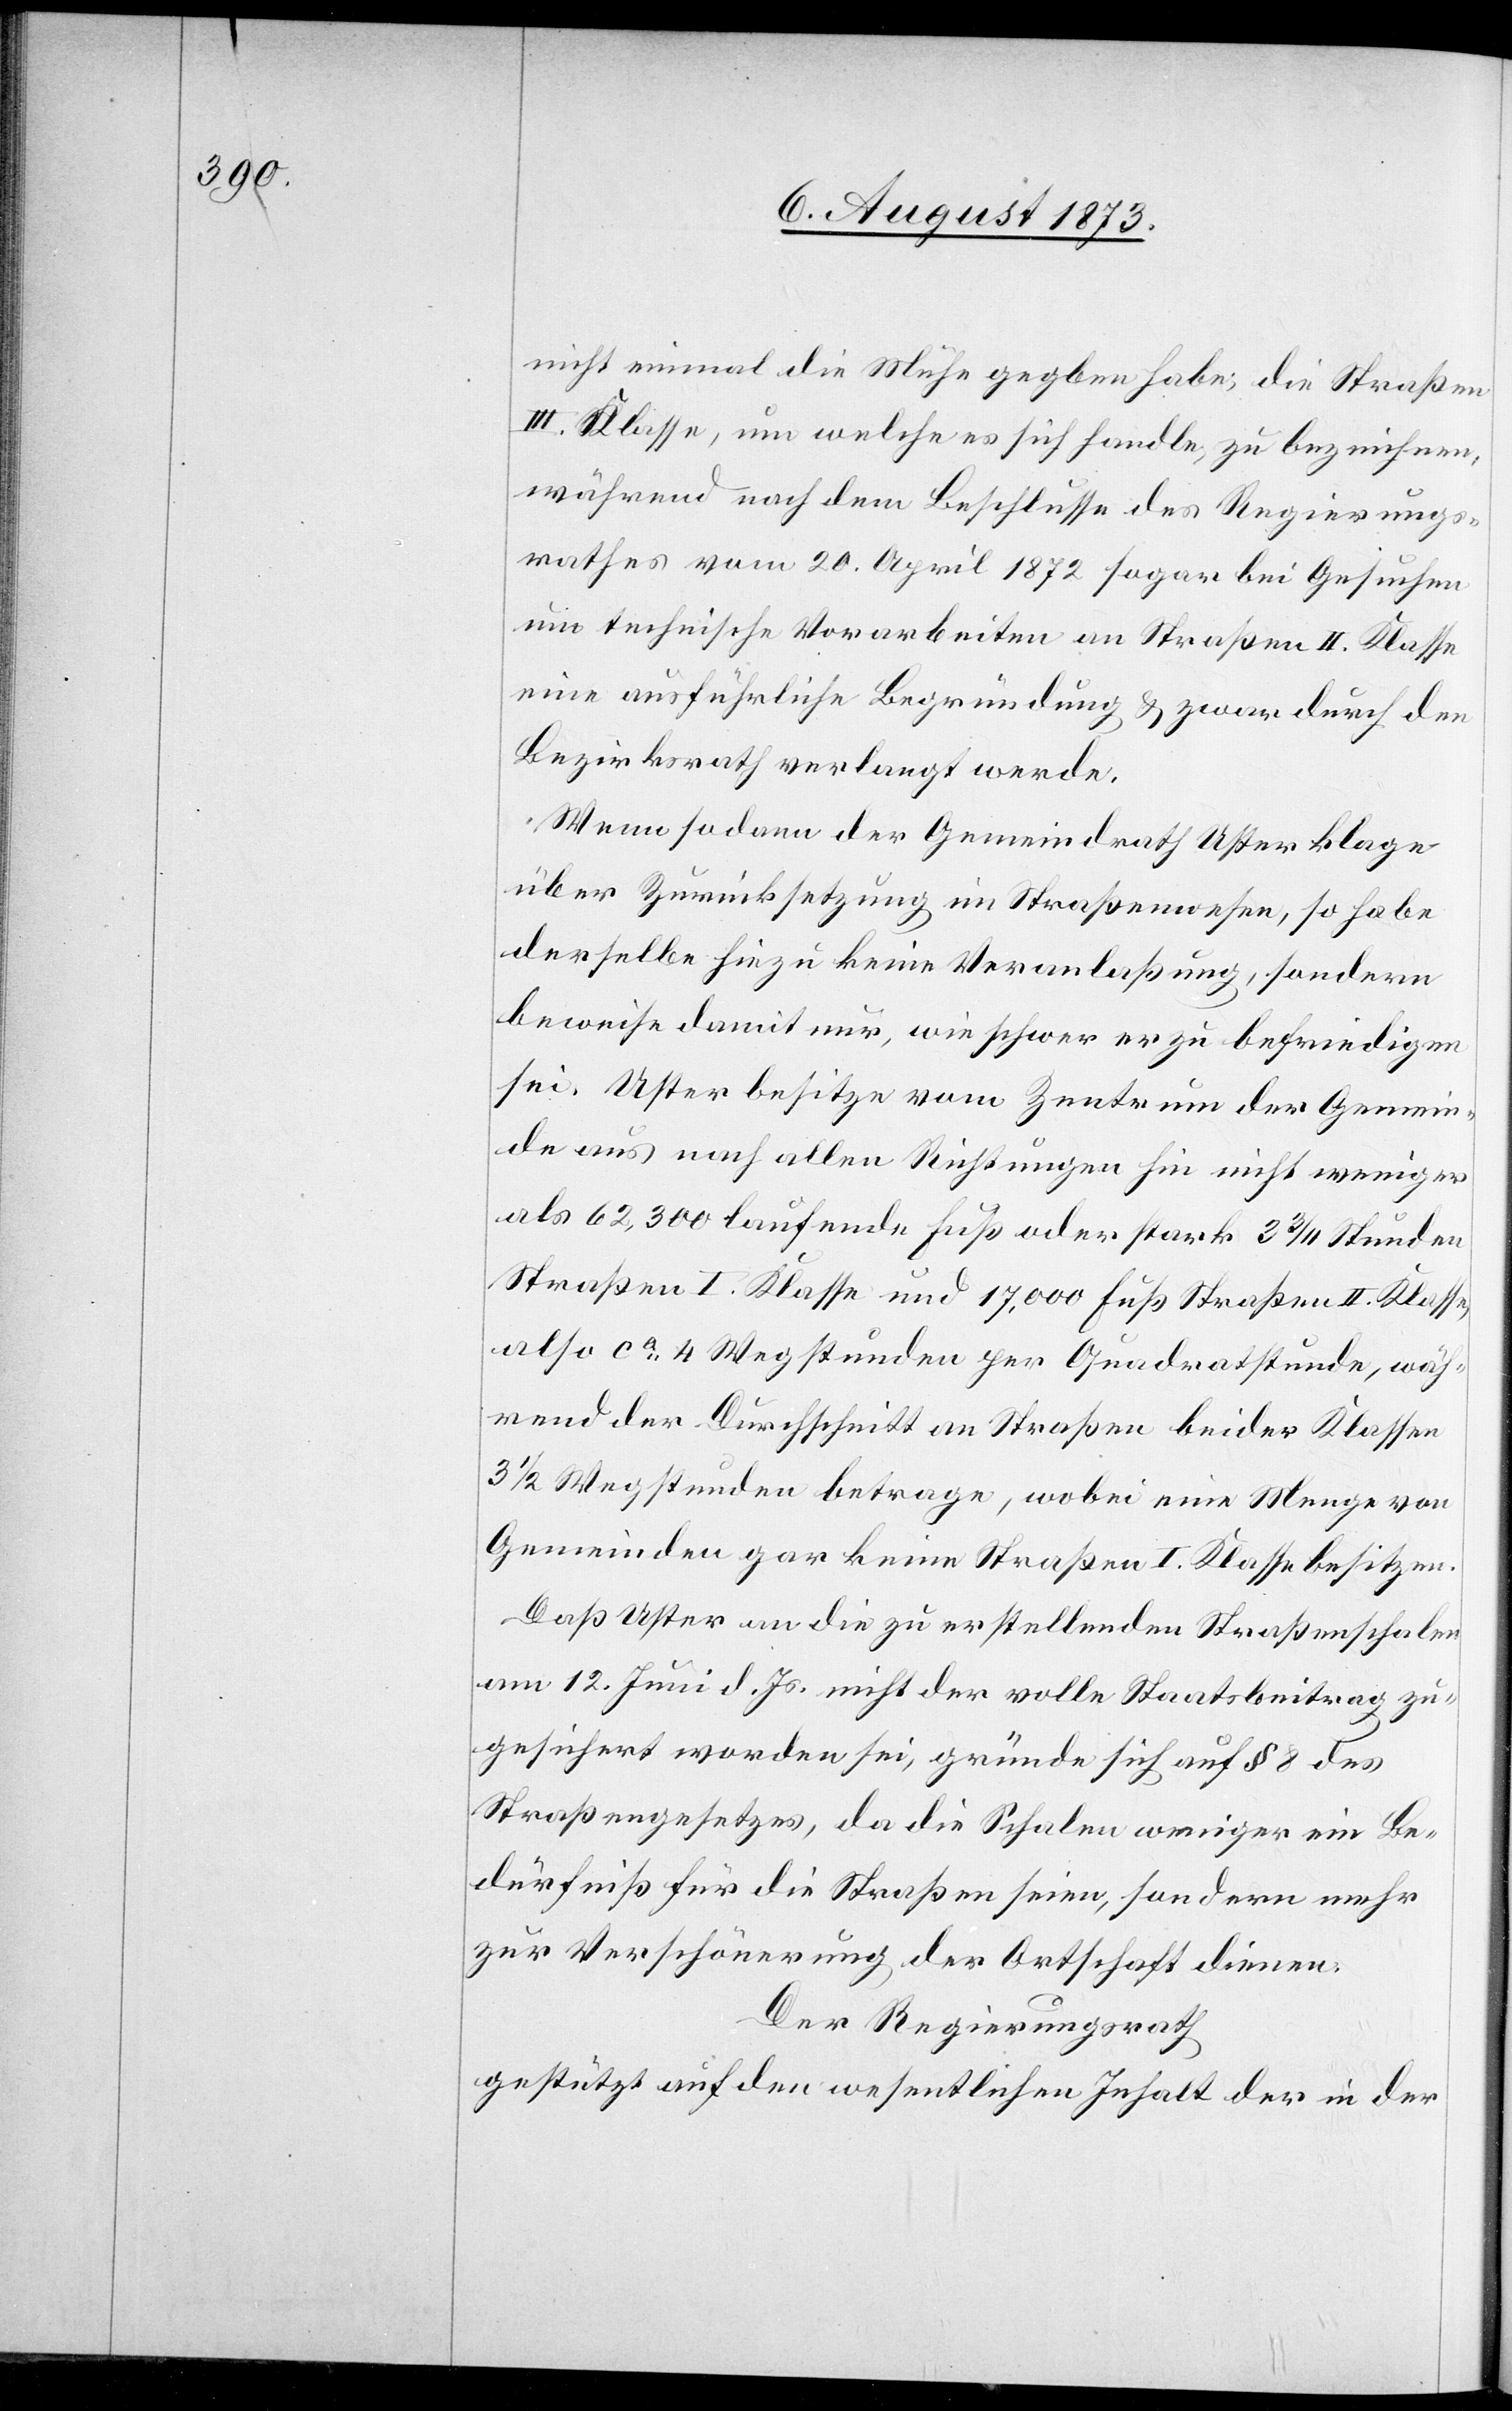
nicht einmal die Mühe gegeben habe, die Straßen
III. Klasse, um welche es sich handle, zu bezeichnen,
während nach dem Beschlusse des Regierungs¬
rathes vom 20. April 1872 sogar bei Gesuchen
um technische Vorarbeiten an Straßen II. Klasse
eine ausführliche Begründung & zwar durch den
Bezirksrath verlangt werde.
Wenn sodann der Gemeindrath Uster klage
über Zurücksetzung im Straßenwesen, so habe
derselbe hiezu keine Veranlaßung, sondern
beweise damit nur, wie schwer er zu befriedigen
sei. Uster besitze vom Zentrum der Gemein¬
de aus nach allen Richtungen hin nicht weniger
als 62,300 laufende Fuß oder stark 3 3/4 Stunden
Straßen I. Klasse und 17,000 Fuß Straßen II. Klasse,
also ca 4 Wegstunden per Quadratstunde, wäh¬
rend der Durchschnitt an Straßen beider Klassen
3 1/2 Wegstunden betrage, wobei eine Menge von
Gemeinden gar keine Straßen I. Klasse besitzen.
Daß Uster an die zu erstellenden Straßenschalen
am 12. Juni d. Js. nicht der volle Staatsbeitrag zu¬
gesichert worden sei, gründe sich auf § 8 des
Straßengesetzes, da die Schalen weniger ein Be¬
dürfniß für die Straßen seien, sondern mehr
zur Verschönerung der Ortschaft dienen.
Der Regierungsrath
gestützt auf den wesentlichen Inhalt der in der